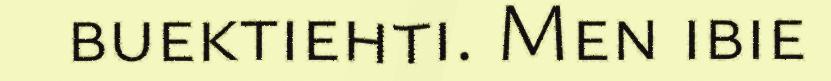
buektiehti. Men ibie